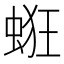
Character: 𧋵